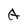
Character: A